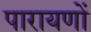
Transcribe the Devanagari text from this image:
पारायणों